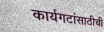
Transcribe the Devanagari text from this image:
कार्यगटांसाठीची